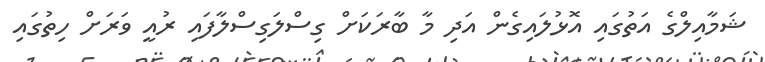
ޝަމާއިލްގެ އަތުގައި އޮޅުލައިގެން އަދި މާ ބާރަކަށް ގިސްލަގިސްލާފައި ރުއީ ވަރަށް ހިތުގައި